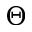
\Theta